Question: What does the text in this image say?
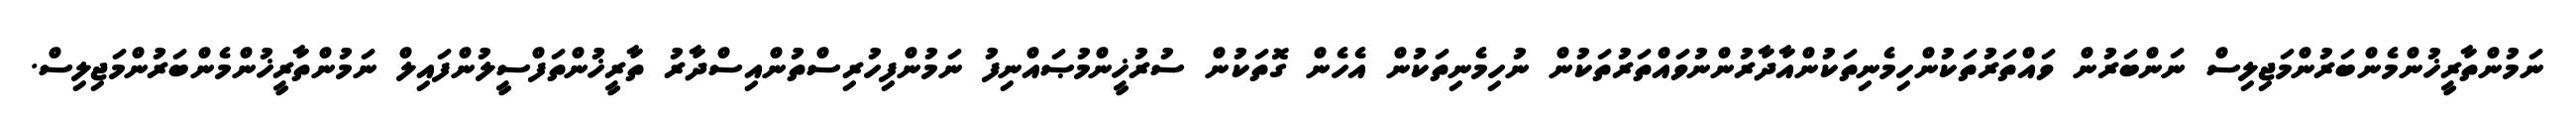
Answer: ނަމުންތާރީޚުންމެންބަރުންމަޖިލިސް ނަންބަރުން ވައްތަރުތަކުންހިމެނިތަކުންއާދާރުންނުވައްތަރުތަކުން ނުހިމެނިތަކުން އެހެން ގޮތަކުން ސުރުޚީންމުޞައްނިފު ނަމުންފިހުރިސްތުންއިސްދާރު ތާރީޚުންތަފްސީލުންފައިލް ނަމުންތާރީޚުންމެންބަރުންމަޖިލިސް.